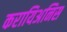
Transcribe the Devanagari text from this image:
करायिअनिस